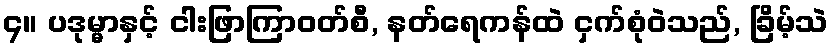
၄။ ပဒုမ္မာနှင့် ငါးဖြာကြာဝတ်စီ, နတ်ရေကန်ထဲ ငှက်စုံဝဲသည်, ခြိမ့်သဲ